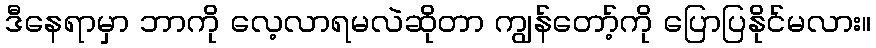
ဒီနေရာမှာ ဘာကို လေ့လာရမလဲဆိုတာ ကျွန်တော့်ကို ပြောပြနိုင်မလား။